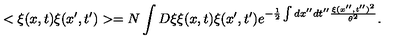
< \xi ( x , t ) \xi ( x ^ { \prime } , t ^ { \prime } ) > = N \int D \xi \xi ( x , t ) \xi ( x ^ { \prime } , t ^ { \prime } ) e ^ { - \frac { 1 } { 2 } \int d x ^ { \prime \prime } d t ^ { \prime \prime } \frac { \xi ( x ^ { \prime \prime } , t ^ { \prime \prime } ) ^ { 2 } } { \theta ^ { 2 } } } .